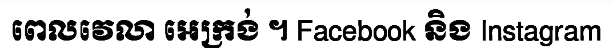
ពេលវេលា អេក្រង់ ។ Facebook និង Instagram